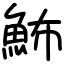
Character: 𩶉